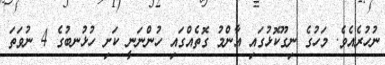
ނުހުރެއެވެ. މަހުގެ ނިގޫކޮޅުގައި އާންމު ގޮތެއްގައި ހުންނަނީ ކަށި ހުޅުނބުގެ 4 ނުވަތަ